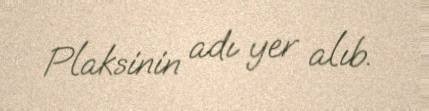
Plaksinin adı yer alıb.